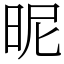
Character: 昵